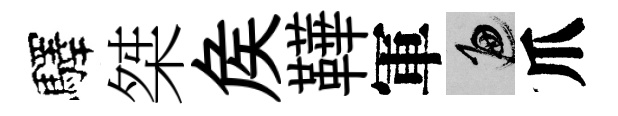
驛桀矦鞾軍遍爪